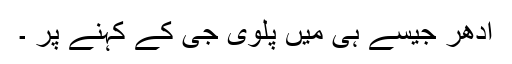
ادھر جیسے ہی میں پلوی جی کے کہنے پر ۔